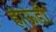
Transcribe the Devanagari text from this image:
हाऊडी